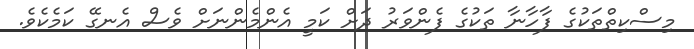
މިސްކިތްތަކުގެ ފާހާނާ ތަކުގެ ފެންވަރު ދަށް ކަމީ އެންމެންނަށް ވެސް އެނގޭ ކަމެކެވެ.